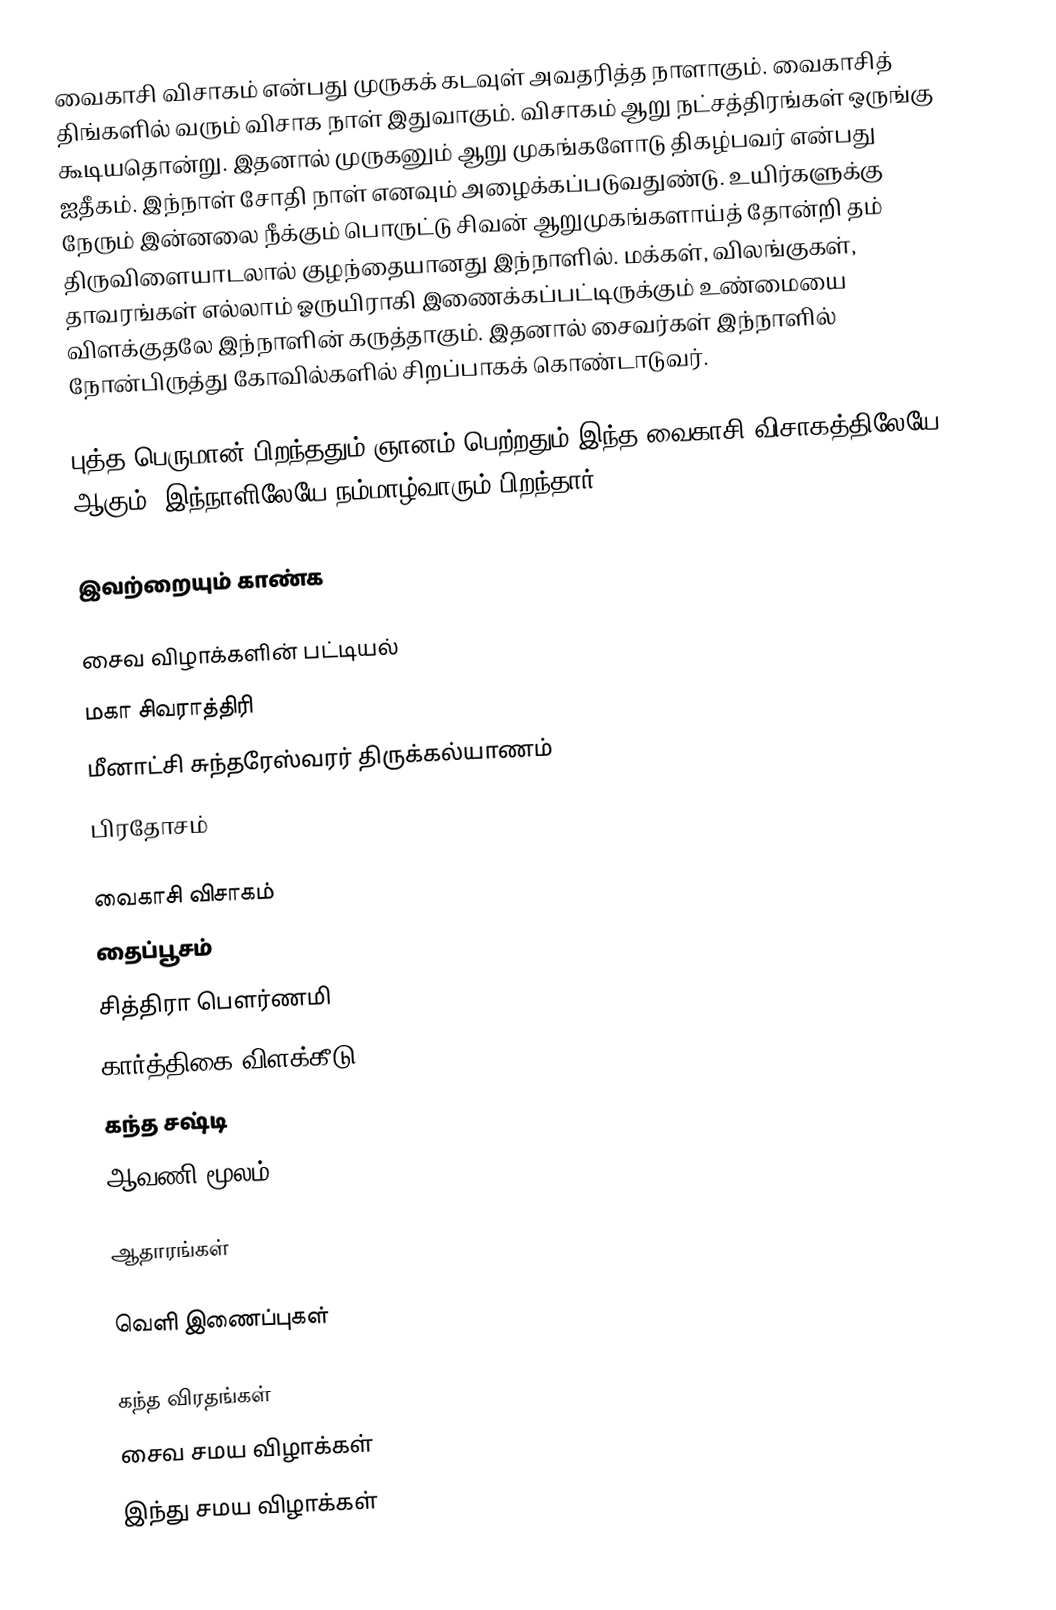
வைகாசி விசாகம் என்பது முருகக் கடவுள் அவதரித்த நாளாகும். வைகாசித் திங்களில் வரும் விசாக நாள் இதுவாகும். விசாகம் ஆறு நட்சத்திரங்கள் ஒருங்கு கூடியதொன்று. இதனால் முருகனும் ஆறு முகங்களோடு திகழ்பவர் என்பது ஐதீகம். இந்நாள் சோதி நாள் எனவும் அழைக்கப்படுவதுண்டு. உயிர்களுக்கு நேரும் இன்னலை நீக்கும் பொருட்டு சிவன் ஆறுமுகங்களாய்த் தோன்றி தம் திருவிளையாடலால் குழந்தையானது இந்நாளில். மக்கள், விலங்குகள், தாவரங்கள் எல்லாம் ஓருயிராகி இணைக்கப்பட்டிருக்கும் உண்மையை விளக்குதலே இந்நாளின் கருத்தாகும். இதனால் சைவர்கள் இந்நாளில் நோன்பிருத்து கோவில்களில் சிறப்பாகக் கொண்டாடுவர்.

புத்த பெருமான் பிறந்ததும் ஞானம் பெற்றதும் இந்த வைகாசி விசாகத்திலேயே ஆகும். இந்நாளிலேயே நம்மாழ்வாரும் பிறந்தார்.

இவற்றையும் காண்க

 சைவ விழாக்களின் பட்டியல்
 மகா சிவராத்திரி
 மீனாட்சி சுந்தரேஸ்வரர் திருக்கல்யாணம்
 பிரதோசம்

 வைகாசி விசாகம்
 தைப்பூசம்
 சித்திரா பௌர்ணமி
 கார்த்திகை விளக்கீடு
 கந்த சஷ்டி
 ஆவணி மூலம்

ஆதாரங்கள்

வெளி இணைப்புகள்

கந்த விரதங்கள்
சைவ சமய விழாக்கள்
இந்து சமய விழாக்கள்